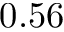
0 . 5 6